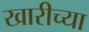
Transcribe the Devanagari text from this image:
खारीच्या